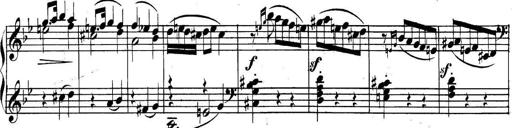
Title: Collected Piano Sonatas
Composer: Muzio Clementi